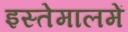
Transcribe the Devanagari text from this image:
इस्तेमालमें